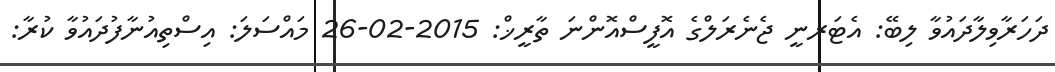
ދަހަރާވިލާދައުވާ ލިބޭ: އެޓަރނީ ޖެނެރަލްގެ އޮފީސްއޮންނަ ތާރީޚް: 2015-02-26 މައްސަލަ: އިސްތިއުނާފުދައުވާ ކުރާ: